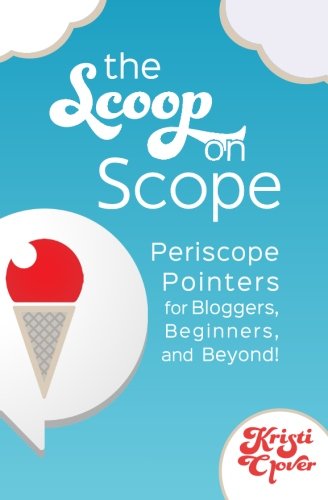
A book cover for The Scoop on Scope: Periscope Pointers for Bloggers, Beginners, and Beyond; Kristi Clover; Computers & Technology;